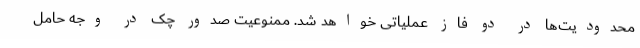
محدودیت‌ها در دو فاز عملیاتی خواهد شد. ممنوعیت صدور چک در وجه حامل